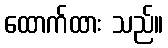
ထောက်ထား သည်။